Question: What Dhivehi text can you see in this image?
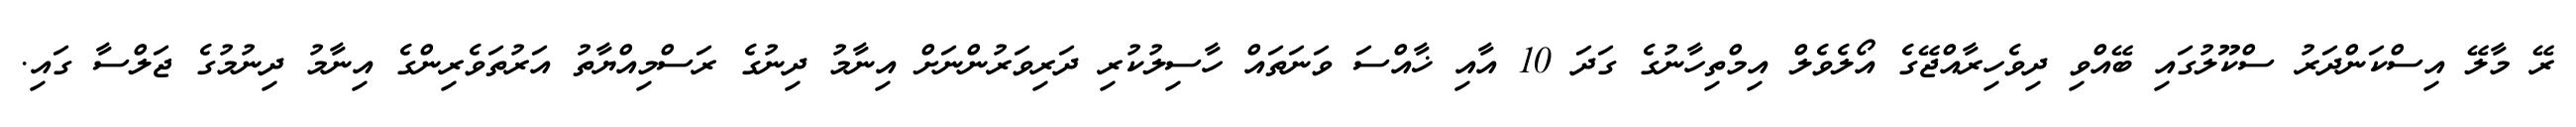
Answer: ރޭ މާލޭ އިސްކަންދަރު ސްކޫލުގައި ބޭއްވި ދިވެހިރާއްޖޭގެ އޯލެވެލް އިމްތިހާނުގެ ގަދަ 10 އާއި ޚާއްސަ ވަނަތައް ހާސިލުކުރި ދަރިވަރުންނަށް އިނާމު ދިނުގެ ރަސްމިއްޔާތު އަރުތަވެރިންގެ އިނާމު ދިނުމުގެ ޖަލްސާ ގައި.